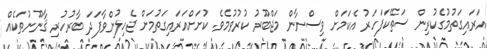
އަރައިގަތުމުގެކުރިން ސަތޭކަފަހަރު އެކަމަށް ވިސްނާން މަޖްބޫރު ކުރުވުމެވެ. ކުށަށްއަރައިގަތުމަށް ޖެހިލުންވާފަދަ ބާރުހުރި ޤާނޫނުތަކެއް